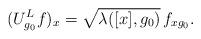
LaTeX: \begin{align*}(U^L_{g_0} f)_x = \sqrt{\lambda ([x], g_0)} \, f_{xg_0}.\end{align*}